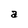
Character: a